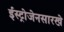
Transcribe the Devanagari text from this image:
ईस्ट्रोजेनसारखे